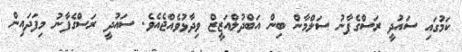
ކަމުގައި ސައުދީ ރަސްގެފާނު ސަލްމާން ބިން އަބްދުލްއަޒީޒް ވިދާޅުވެއްޖެއެވެ. ސައުދީ ރަސްގެފާނު މިފަދައިން